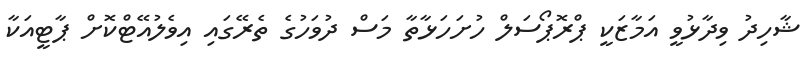
ޝާހިދު ވިދާޅުވީ އަމާޒަކީ ޕްރޮޕޯސަލް ހުށަހަޅާތާ މަސް ދުވަހުގެ ތެރޭގައި އިވެލުއޭޓްކޮށް ޕާޓީއަކާ